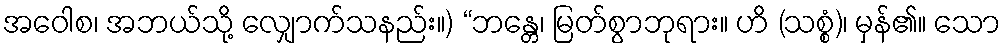
အဝေါစ၊ အဘယ်သို့ လျှောက်သနည်း။) “ဘန္တေ၊ မြတ်စွာဘုရား။ ဟိ (သစ္စံ)၊ မှန်၏။ သော